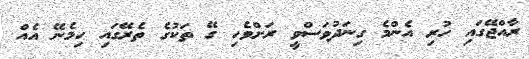
ރާއްޖޭގައި ހުރި އެންމެ ގިނަދުވަސްވީ ރަށްވެހި ގޭ ތަކުގެ ތެރޭގައި ހިމެނޭ އެއް